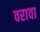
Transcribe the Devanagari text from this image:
वरावा